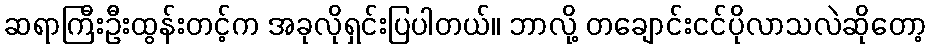
ဆရာကြီးဦးထွန်းတင့်က အခုလိုရှင်းပြပါတယ်။ ဘာလို့ တချောင်းငင်ပိုလာသလဲဆိုတော့